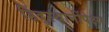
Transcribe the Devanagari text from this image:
हिंदुस्थानींपेक्षा